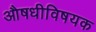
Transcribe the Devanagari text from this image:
औषधीविषयक